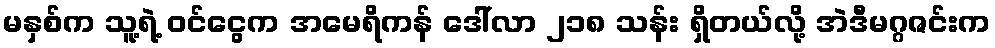
မနှစ်က သူ့ရဲ့ ဝင်ငွေက အမေရိကန် ဒေါ်လာ ၂၁၈ သန်း ရှိတယ်လို့ အဲဒီမဂ္ဂဇင်းက